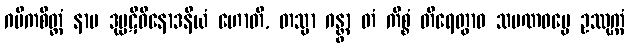
ဂမိကစိတ္တံ နာမ ဒုပ္ပဋိဝိနောဒနီယံ ဟောတိ, တသ္မာ ဂန္တွာ တံ ကိစ္စံ တီရေတွာဝ သမဏဓမ္မေ ဥဿုက္ကံ